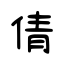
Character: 倩